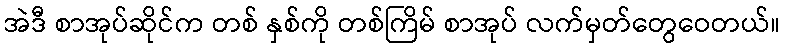
အဲဒီ စာအုပ်ဆိုင်က တစ် နှစ်ကို တစ်ကြိမ် စာအုပ် လက်မှတ်တွေဝေတယ်။